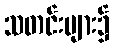
သတင်းများ၌